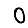
Digit: 0